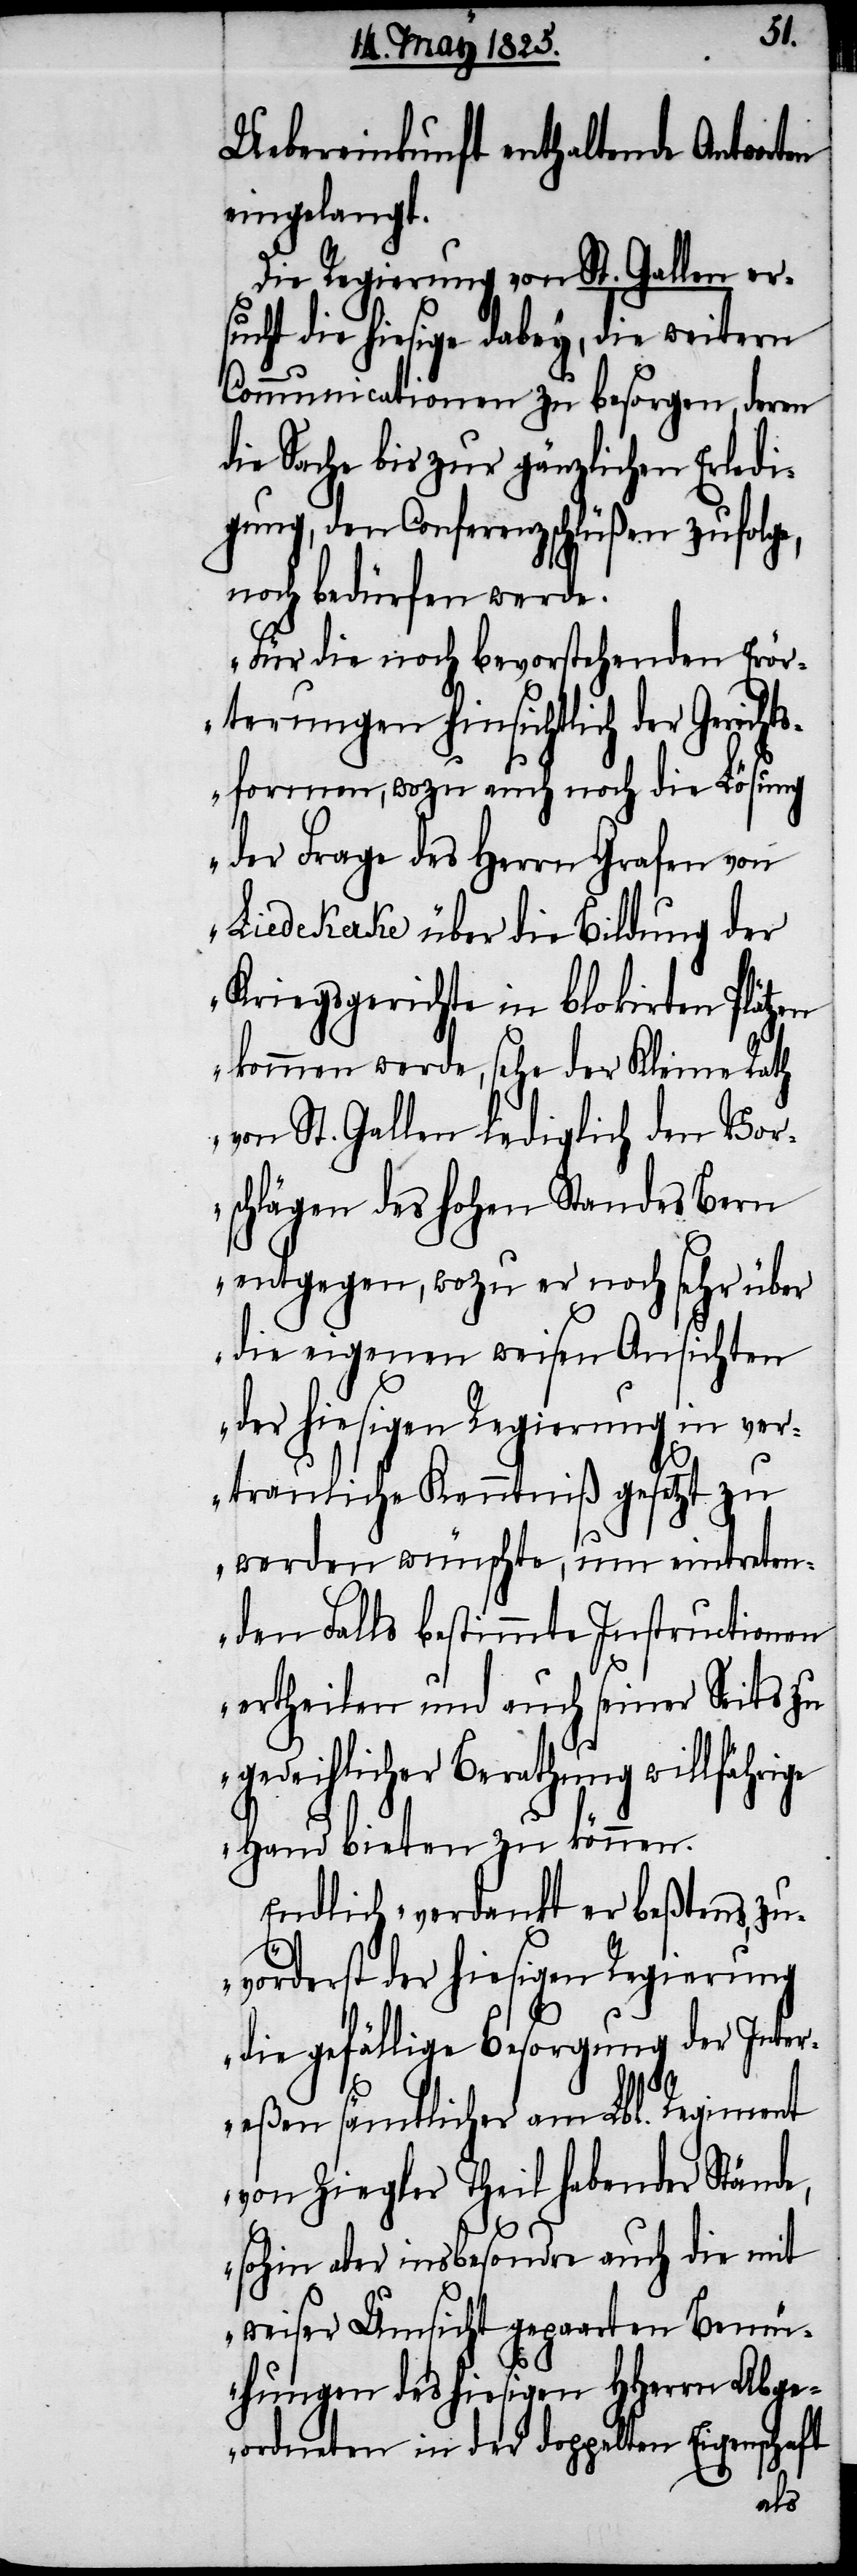
Uebereinkunft enthaltende Antworten
eingelangt.
Die Regierung von St. Gallen ers¬
ucht die hiesige dabey, die weitern
Communicationen zu besorgen, deren
die Sache bis zur gänzlichen Erledi¬
gung, den Conferenzschlüßen zufolge,
noch bedürfen werde.
„Für die noch bevorstehenden Erör¬
terungen hinsichtlich der Gerichts¬
normen, wozu auch noch die Lösung
der Frage des Herrn Grafen von
Liedekerke über die Bildung der
Kriegsgerichte in blokirten Plätzen
kommen werde, sehe der Kleine Rath
von St. Gallen lediglich den Vor¬
schlägen des hohen Standes Bern
entgegen, wozu er noch sehr über
die eigenen weisen Ansichten
der hiesigen Regierung in ver¬
trauliche Kenntniß gesetzt zu
werden wünschte, um eintreten¬
den Falls bestimmte Instructionen
ertheilen und auch seiner Seite zu
gedeihlicher Berathung willfährige
Hand bieten zu können.
Endlich verdankt er beßtens, zu¬
vörderst der hiesigen Regierung
die gefällige Besorgung der Inter¬
eßen sämtlicher am Lbl. Regiment
von Ziegler Theil habender Stände,
sohin aber insbesondere auch die mit
weiser Umsicht gepaarten Bem¬
ühungen des hiesigen HHerrn Abge¬
ordneten in der